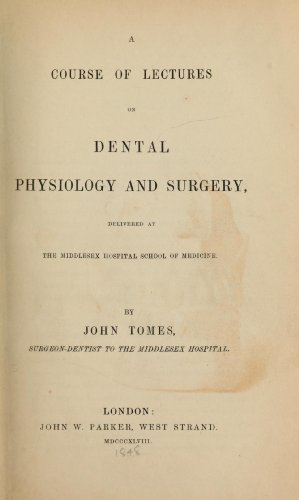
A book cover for A Course of Lectures on Dental Physiology and Surgery Delivered at the Middlesex Hospital School of Medicine; John Tomes; Medical Books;